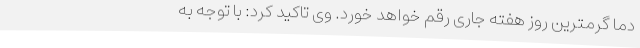
دما گرمترین روز هفته جاری رقم خواهد خورد. وی تاکید کرد: با توجه به